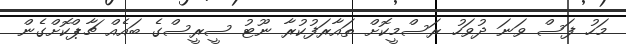
މަހު ފަސް ވަނަ ދުވަހު ރަސްމީކޮށް ތައާރަފުކުރާ ނޫޓު ސީރީސްގެ ބައެއް ޗާޕްކޮށްގެން